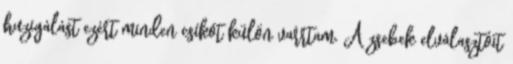
huzigálást ezért minden csíkot külön varrtam. A zsebek elválasztóit